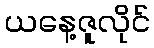
ယနေ့ဇူလိုင်